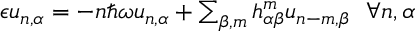
\begin{array} { r } { \epsilon u _ { n , \alpha } = - n \hbar \omega u _ { n , \alpha } + \sum _ { \beta , m } h _ { \alpha \beta } ^ { m } u _ { n - m , \beta } ~ ~ \forall n , \alpha } \end{array}